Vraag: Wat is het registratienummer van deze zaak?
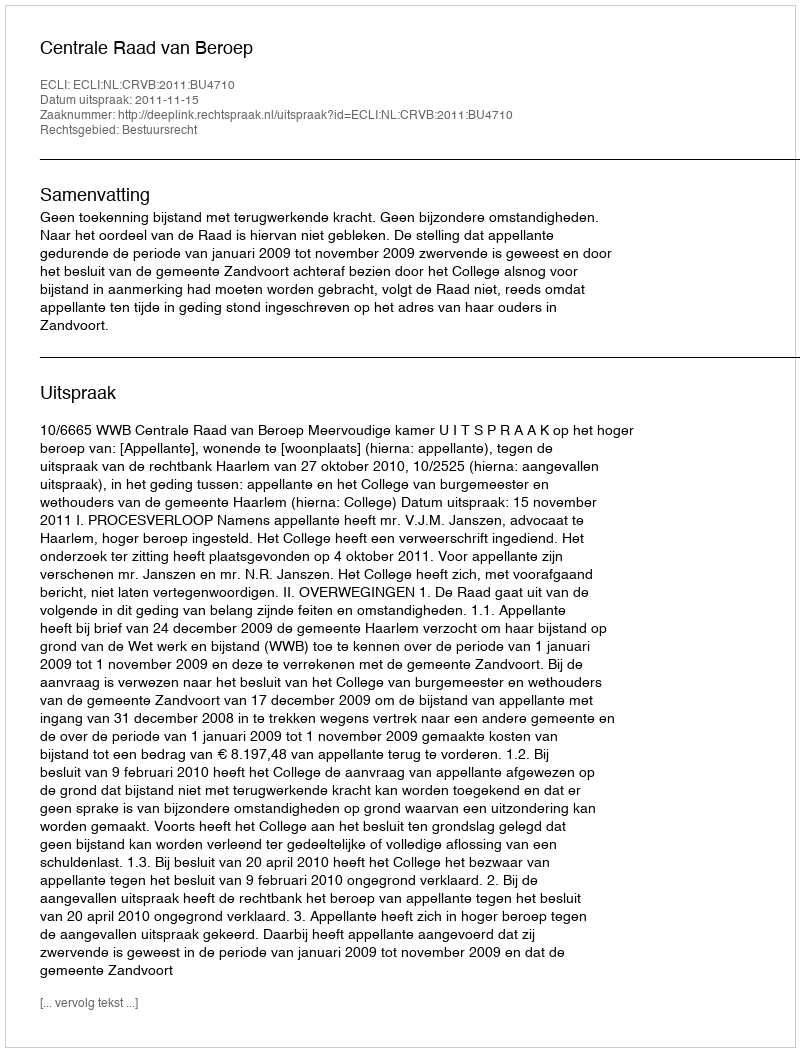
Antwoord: http://deeplink.rechtspraak.nl/uitspraak?id=ECLI:NL:CRVB:2011:BU4710